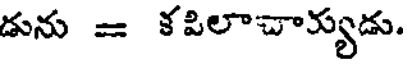
డును = కపిలాచాక్యుడు.